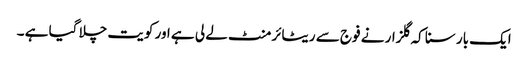
ایک بار سنا کہ گلزار نے فوج سے ریٹائرمنٹ لے لی ہے اور کویت چلا گیا ہے ۔